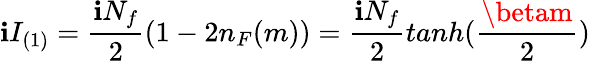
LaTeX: \mathbf{i}I_{(1)}=\frac{{\mathbf{i}N_{f}}}{{2}}(1-2n_{F}(m))=\frac{{\mathbf{i}N_{f}}}{{2}}tanh(\frac{{\betam}}{{2}})